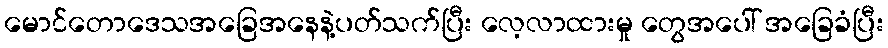
မောင်တောဒေသအခြေအနေနဲ့ပတ်သက်ပြီး လေ့လာထားမှု တွေအပေါ် အခြေခံပြီး